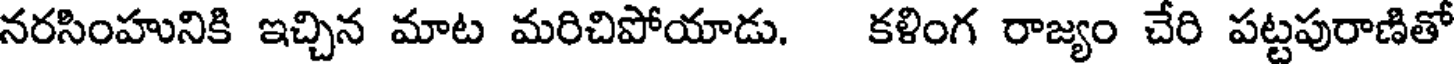
నరసింహునికి ఇచ్చిన మాట మరిచిపోయాడు. కళింగ రాజ్యం చేరి పట్టపురాణితో